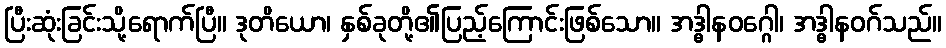
ပြီးဆုံးခြင်းသို့ရောက်ပြီ။ ဒုတိယော၊ နှစ်ခုတို့၏ပြည့်ကြောင်းဖြစ်သော။ အဒ္ဓါနဝဂ္ဂေါ၊ အဒ္ဓါနဝဂ်သည်။